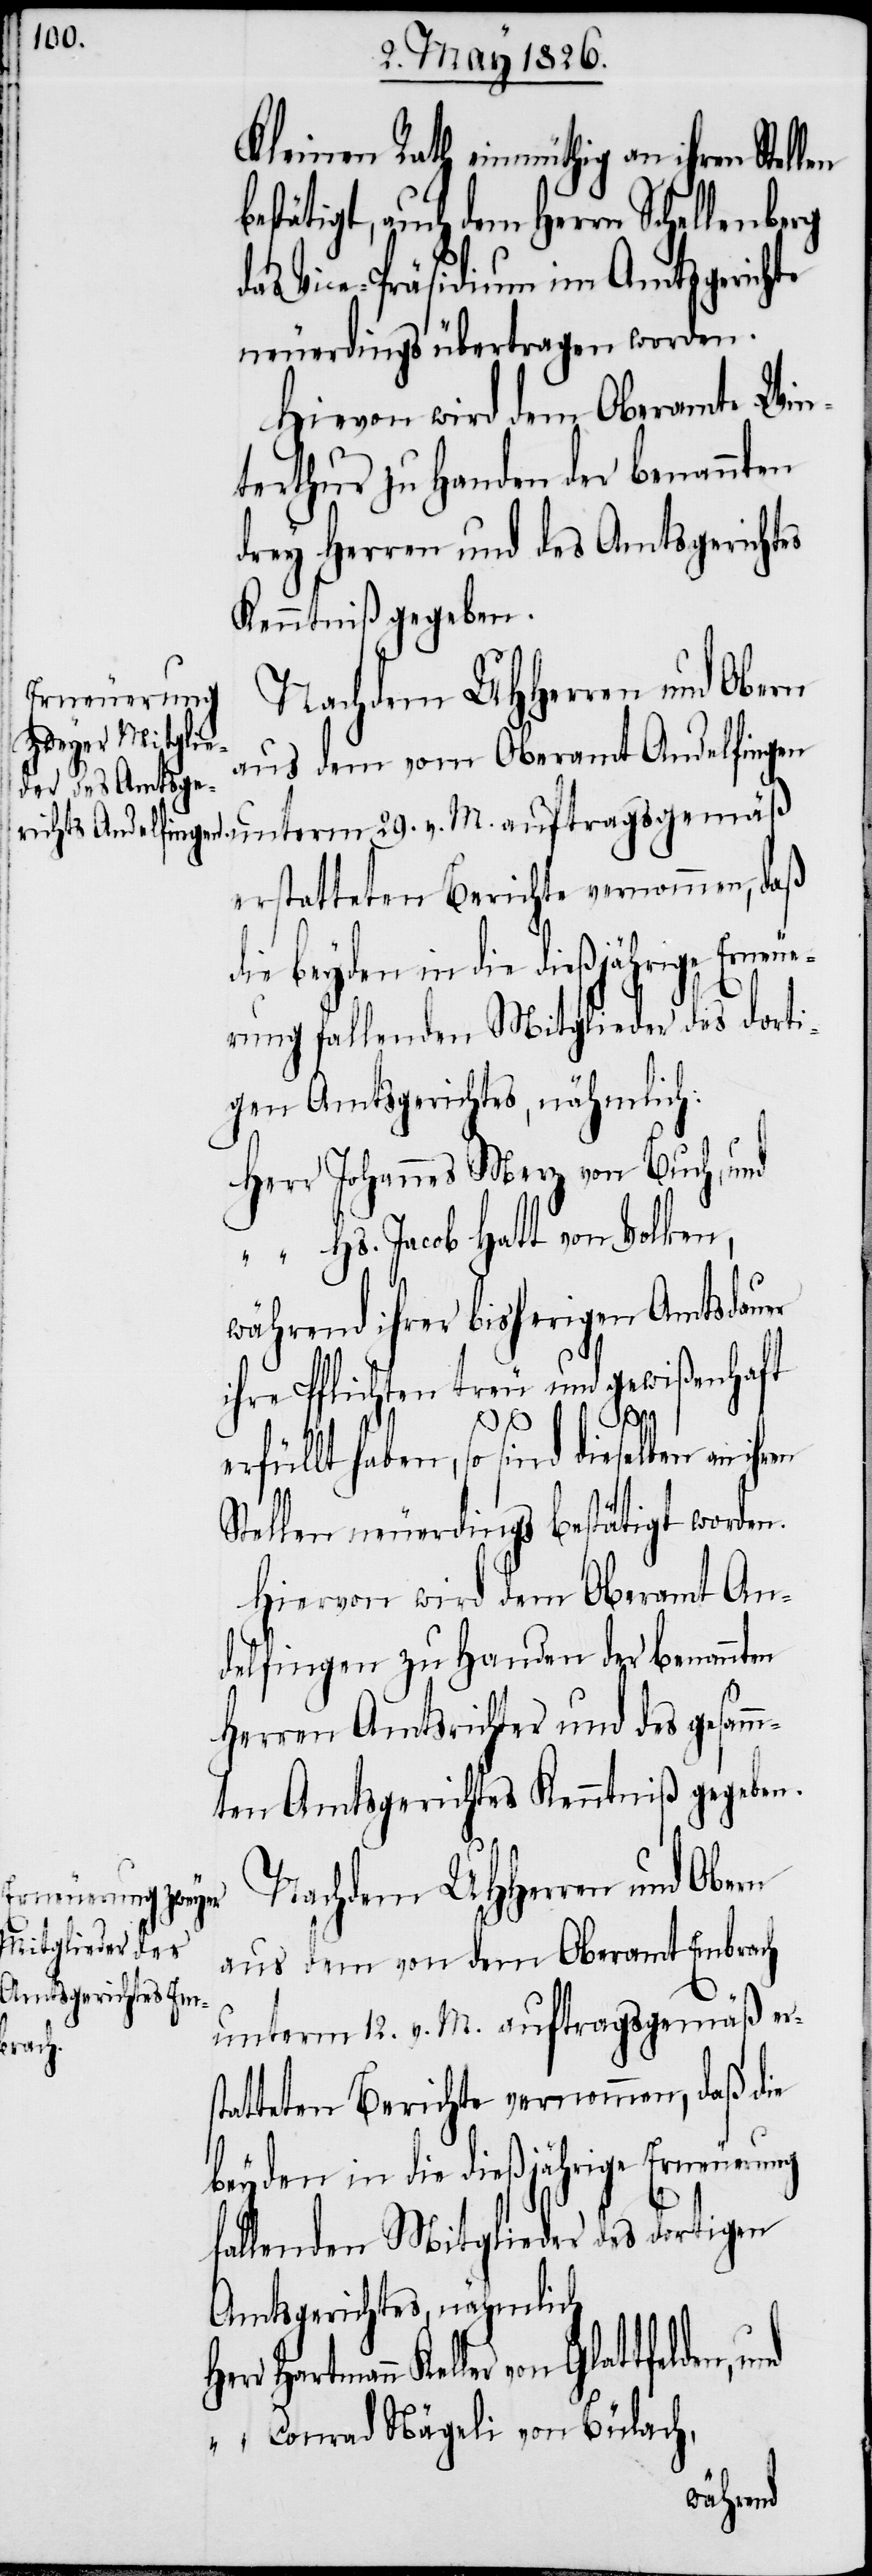
Kleinen Rath einmüthig an ihren Stell¬
estätigt, auch dem Herrn Schellenberg
das Vice-Präsidium im Amtsgerichte
neuerdings übertragen worden.
Hievon wird dem Oberamte Win¬
terthur zu Handen der benannten
drey Herren und des Amtsgerichtes
Kenntniß gegeben.
Nachdem UHHerren und Obern
aus dem vom Oberamt Andelfingen
rstatteten Berichte vernommen, daß
die beyden in die dießjährige Erneue¬
rung fallenden Mitglieder des dorti¬
gen Amtsgerichtes, nähmlich
Herr	Johannes Merz von Buch, und
“	Hs. Jacob Hatt von Volken,
während ihrer bisherigen Amtsdauer
ihre Pflichten treu und gewißenhaft
en b¬
erfüllt haben, so sind dieselben an ihren
Stellen neuerdings bestätigt worden.
Hiervon wird dem Oberamt An¬
delfingen zu Handen der benannten
Herren Amtsrichter und des gesamm¬
ten Amtsgerichtes Kenntniß gegeben.
Nachdem UHHerren und Obern
aus dem von dem Oberamt Embrach
unterm 12. v. M. auftragsgemäß e¬
Keller von Glattfelden, und
“	Conrad Nägeli von Bülach,